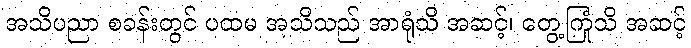
အသိပညာ စခန်းတွင် ပထမ အသိသည် အာရုံသိ အဆင့်၊ တွေ့ကြုံသိ အဆင့်